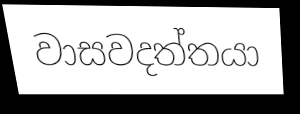
වාසවදත්තයා